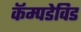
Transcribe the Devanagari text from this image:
कॅम्पडेविड